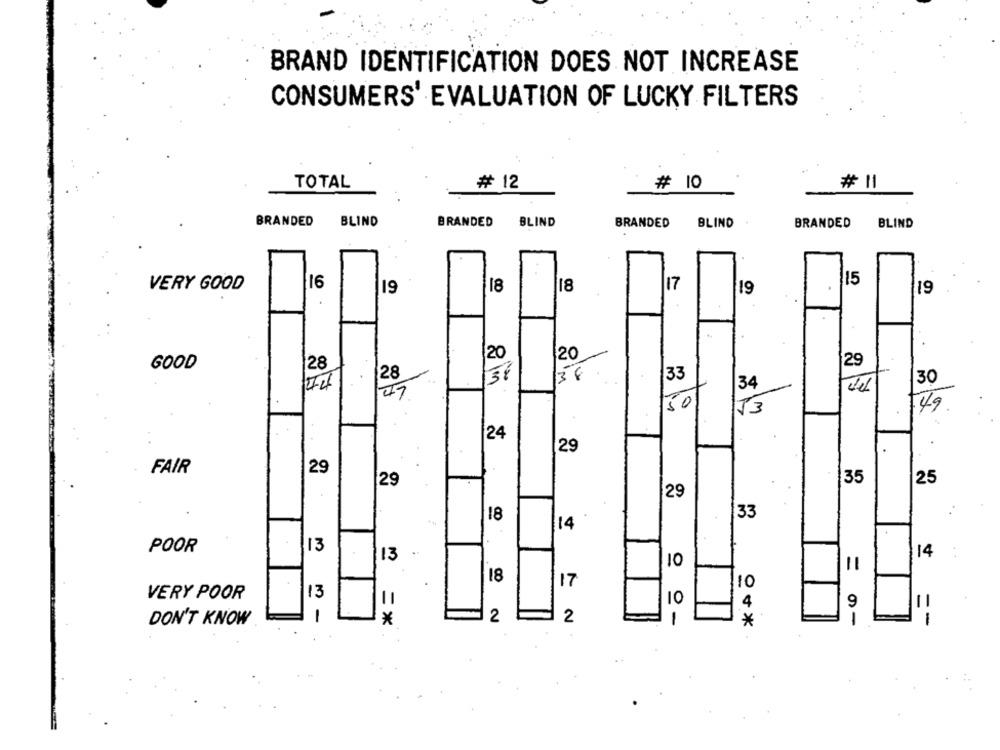
BRAND IDENTIFICATION DOES NOT INCREASE
CONSUMERS' EVALUATION OF LUCKY FILTERS
TOTAL
# 12
# 10
# 11
BRANDED
BLIND
BRANDED
BLIND
BRANDED
BLIND
BRANDED
BLIND
16
17
115
VERY GOOD
19
118
18
19
19
20
20
29
GOOD
28
33
28
38
IM
30
34
50
153
149
24
29
FAIR
29
35
25
29
29
18
33
14
13
POOR
14
..
13
10
18
17
10
13
VERY POOR
10
11
1
4
9
DON'T KNOW
-
*
2
2
1
*
1
= 9-
1